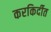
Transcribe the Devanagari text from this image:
करकिर्दीत